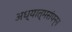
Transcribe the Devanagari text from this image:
अध्यात्मसंपन्न